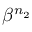
\beta ^ { n _ { 2 } }